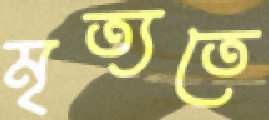
মৃত্যতে